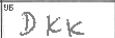
Transcription: DKK